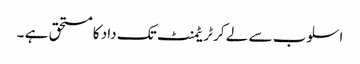
اسلوب سے لے کر ٹریٹمنٹ تک داد کا مستحق ہے ۔